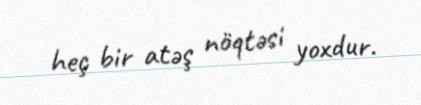
heç bir atəş nöqtəsi yoxdur.